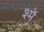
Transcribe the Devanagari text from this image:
श्में